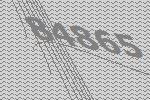
84865